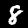
Label: 8